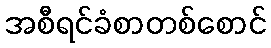
အစီရင်ခံစာတစ်စောင်